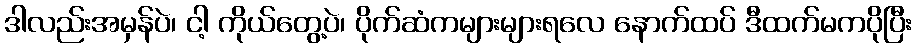
ဒါလည်းအမှန်ပဲ၊ ငါ့ ကိုယ်တွေ့ပဲ၊ ပိုက်ဆံကများများရလေ နောက်ထပ် ဒီထက်မကပိုပြီး